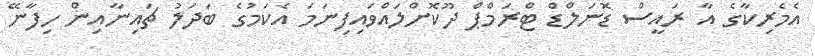
އެމެރިކާގެ އާ ރައީސް ޑޮނަލްޑް ޓްރަމްޕް ދޫކޮށްލައްވައިފިނަމަ އެކަމުގެ ބަދަލު ޗައިނާއިން ހިފާނޭ